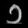
Digit: ၁